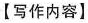
【写作内容]